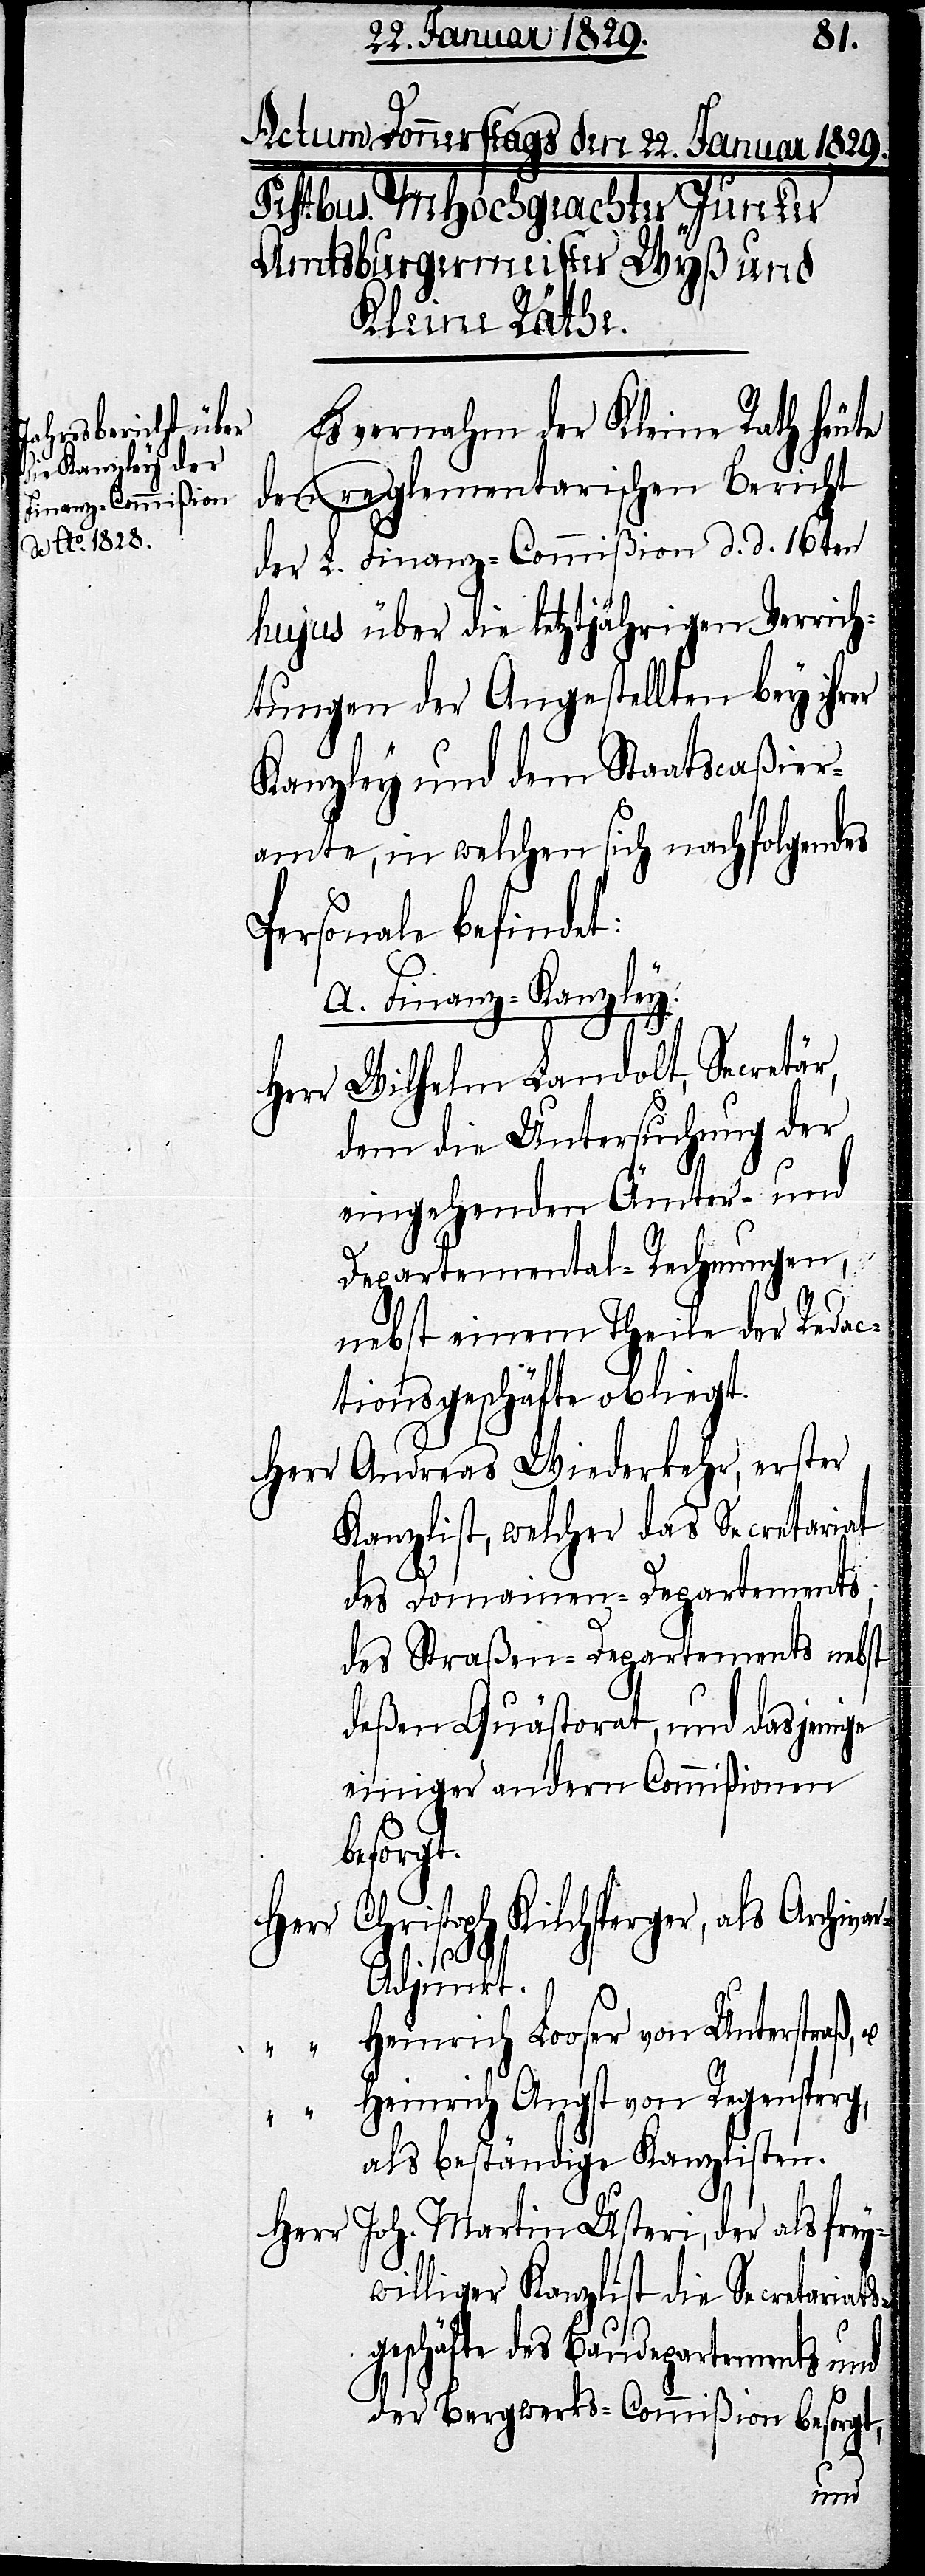
Es vernahm der Kleine Rath heute
den reglementarischen Bericht
der L. Finanz-Commißion d. d. 16ten
hujus über die letztjährigen Verrich¬
tungen der Angestellten bey ihrer
Kanzley und dem Staatscaßier¬
amte, in welchen sich nachfolgendes
Personale befindet:
a. Finanz-Kanzley.
Herr Wilhelm Landolt, Secretär,
dem die Untersuchung der
eingehenden Ämter- und
Departemental-Rechnungen,
nebst einem Theile der Redac¬
tionsgeschäfte obliegt.
Herr Andreas Wiederkehr, erster
Kanzlist, welcher das Secretariat
des Domainen-Departements,
das Straßen-Departements nebst
deßen Quästorat, und dasjenige
einiger andern Commißionen
besorgt.
Kilchsperger, als Archi¬
Herr
r-Adjunkt.
“
Heinrich Looser von Unterstraß, u.
“ “
Heinrich Angst von Regensperg,
als beständige Kanzlisten.
Herr Joh. Martin Usteri, der als frey¬
williger Kanzlist die Secretariats¬
geschäfte des Baudepartements und
der Bergwerks-Commißion besorgt,
va¬